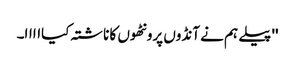
'' پیلے ہم نے آنڈوں پرونٹھوں کا ناشتہ کیااااا۔